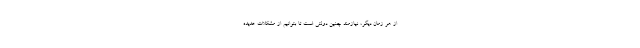
از هر زمان دیگر، نیازمند چنین دولتی است تا بتوانیم از مشکلات عدیده